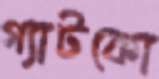
গ্যাটকো